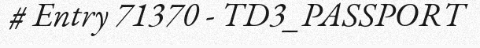
# Entry 71370 - TD3_PASSPORT